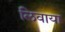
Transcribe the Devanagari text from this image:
लिवाया